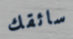
سائقك